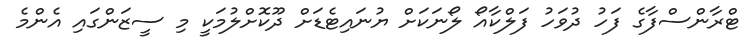
ޓްރާންސްފާގެ ފަހު ދުވަހު ފަލްކާއޯ ލޯނަކަށް ޔުނައިޓެޑަށް ދޫކޮށްލުމަކީ މި ސީޒަންގައި އެންމެ